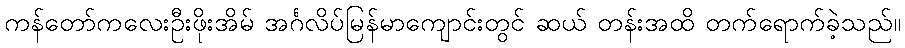
ကန်တော်ကလေးဦးဖိုးအိမ် အင်္ဂလိပ်မြန်မာကျောင်းတွင် ဆယ် တန်းအထိ တက်ရောက်ခဲ့သည်။